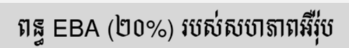
ពន្ធ EBA (២០%) របស់សហភាពអឺរ៉ុប